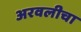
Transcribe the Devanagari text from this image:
अरवलीचा